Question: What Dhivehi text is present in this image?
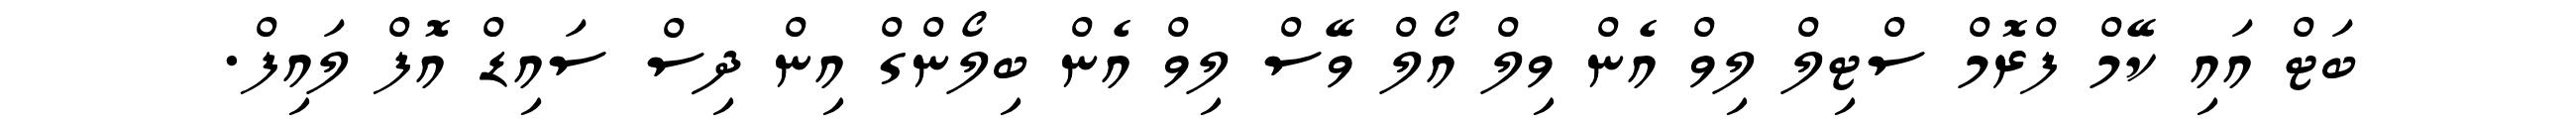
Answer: ބަޓް އައި ކޭމް ފްރޮމް ސްޓިލް ލިވް އެން ވިލް އޯލް ވޭސް ލިވް އެން ބިލޯންގް އިން ދިސް ސައިޑް އޮފް ލައިފް.